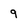
Character: 9